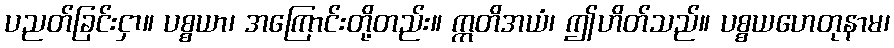
ပညတ်ခြင်းငှာ။ ပစ္စယာ၊ အကြောင်းတို့တည်း။ ဣတိအယံ၊ ဤဟိတ်သည်။ ပစ္စယဟေတုနာမ၊